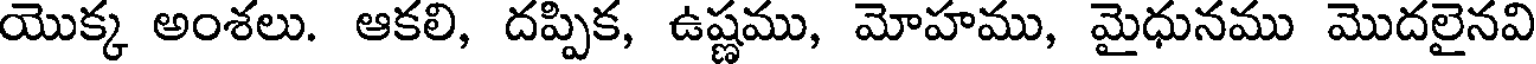
యొక్క అంశలు. ఆకలి, దప్పిక, ఉష్ణము, మోహము, మైధునము మొదలైనవి